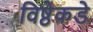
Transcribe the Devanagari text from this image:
विष्ठेकडे